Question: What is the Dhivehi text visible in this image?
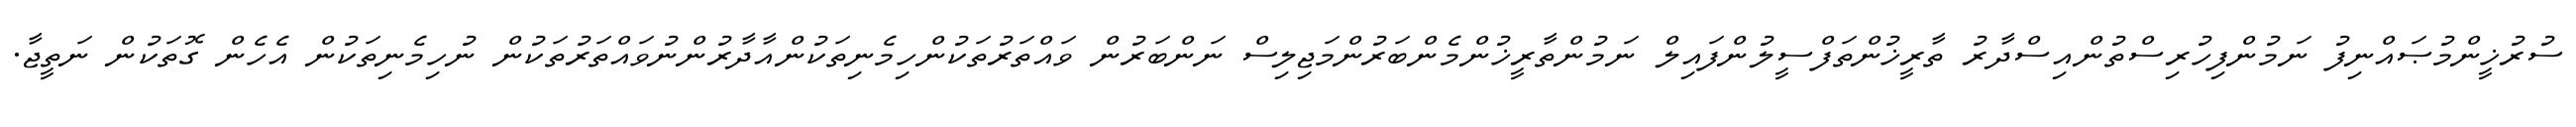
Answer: ސުރުޚީންމުޞައްނިފު ނަމުންފިހުރިސްތުންއިސްދާރު ތާރީޚުންތަފްސީލުންފައިލް ނަމުންތާރީޚުންމެންބަރުންމަޖިލިސް ނަންބަރުން ވައްތަރުތަކުންހިމެނިތަކުންއާދާރުންނުވައްތަރުތަކުން ނުހިމެނިތަކުން އެހެން ގޮތަކުން ނަތީޖާ.